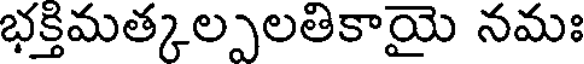
భక్తిమత్కల్పలతికాయై నమః